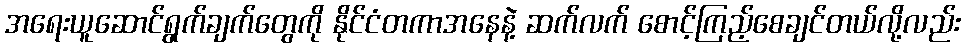
အရေးယူဆောင်ရွက်ချက်တွေကို နိုင်ငံတကာအနေနဲ့ ဆက်လက် စောင့်ကြည့်စေချင်တယ်လို့လည်း